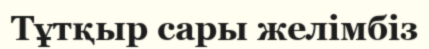
Тұтқыр сары желімбіз